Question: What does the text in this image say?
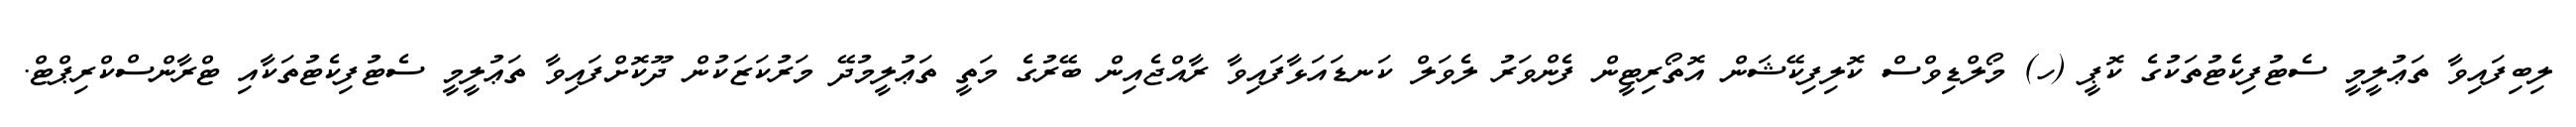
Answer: ލިބިފައިވާ ތަޢުލީމީ ސެޓުފިކެޓުތަކުގެ ކޮޕީ (ހ) މޯލްޑިވްސް ކޮލިފިކޭޝަން އޮތޯރިޓީން ފެންވަރު ލެވަލް ކަނޑައަޅާފައިވާ ރާއްޖެއިން ބޭރުގެ މަތީ ތަޢުލީމުދޭ މަރުކަޒަކުން ދޫކޮށްފައިވާ ތަޢުލީމީ ސެޓުފިކެޓުތަކާއި ޓްރާންސްކްރިޕްޓް.